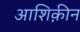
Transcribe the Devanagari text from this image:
आशिक़ीन